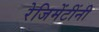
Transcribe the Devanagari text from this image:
रेजिमेंटींनी